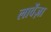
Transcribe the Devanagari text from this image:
लावेंज़ा